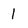
Character: 1